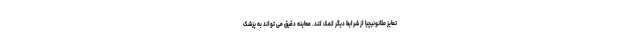
تمایز ملانونیچیا از شرایط دیگر کمک کند. معاینه دقیق می تواند به پزشک